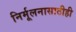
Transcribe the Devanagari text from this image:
निर्मूलनासाठीही